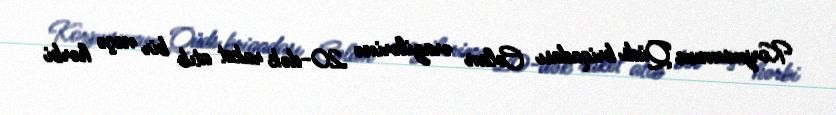
Korpusunun Qüds briqadası Colan ərazilərinə 20-dək raket atıb bir neçə hərbi